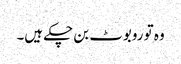
وہ تو روبوٹ بن چکے ہیں۔